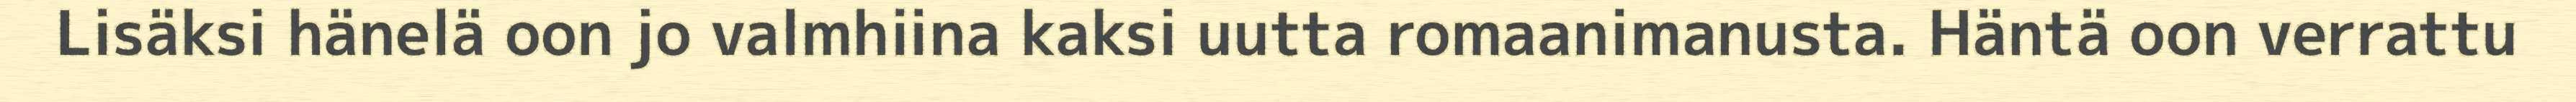
Lisäksi hänelä oon jo valmhiina kaksi uutta romaanimanusta. Häntä oon verrattu